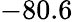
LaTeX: -80.6